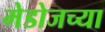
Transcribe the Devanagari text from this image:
मेडोजच्या